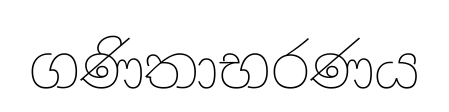
ගණිතාභරණය